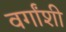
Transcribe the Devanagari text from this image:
वर्गांशी